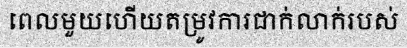
ពេលមួយហើយតម្រូវការជាក់លាក់របស់